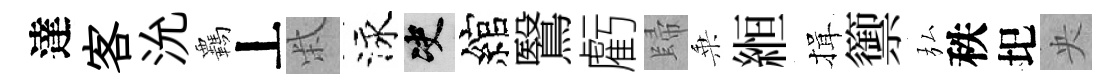
達客沇覊丄柴泳决綰鷖虧歸乗縆揖籞弘秩圯央